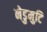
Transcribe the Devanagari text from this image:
नेडुमुटि